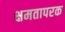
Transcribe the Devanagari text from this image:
क्षमतापरक